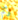
وكم